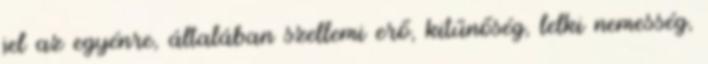
jel az egyénre, általában szellemi erő, kitűnőség, lelki nemesség,